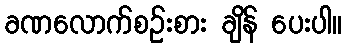
ခဏလောက်စဉ်းစား ချိန် ပေးပါ။